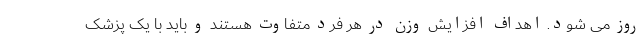
روز می شود. اهداف افزایش وزن در هر فرد متفاوت هستند و باید با یک پزشک